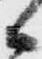
候